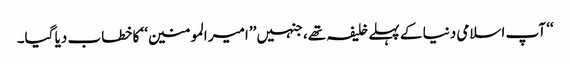
‘‘ آپ اسلامی دنیا کے پہلے خلیفہ تھے، جنہیں ’’امیر المومنین‘‘ کا خطاب دیا گیا۔